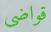
قواضى